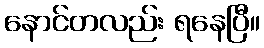
နောင်တလည်း ရနေပြီ။